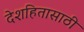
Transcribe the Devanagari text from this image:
देशहितासाठी